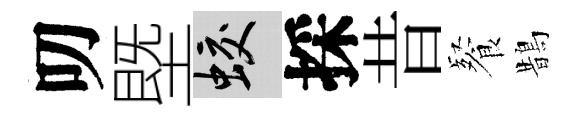
叨塈蛟採昔餐鵲